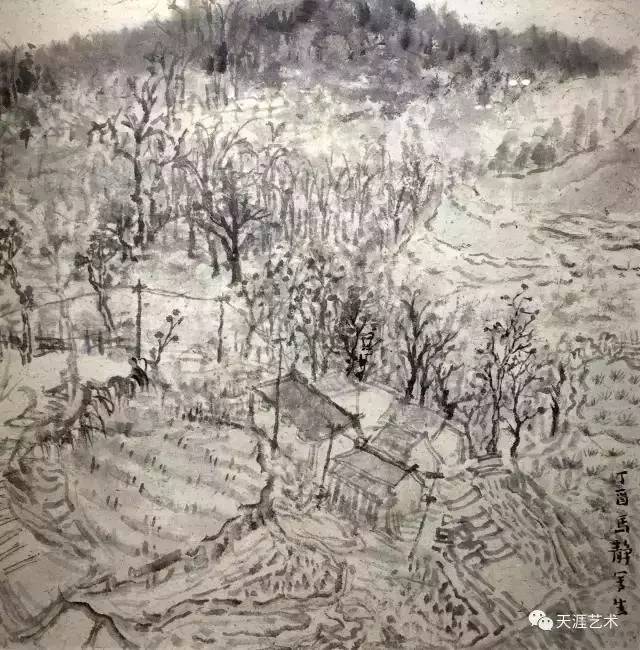
五更枥马静无声。邻鸡犹怕惊。